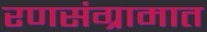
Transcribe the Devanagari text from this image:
रणसंग्रामात